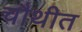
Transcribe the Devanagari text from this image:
चौथीत